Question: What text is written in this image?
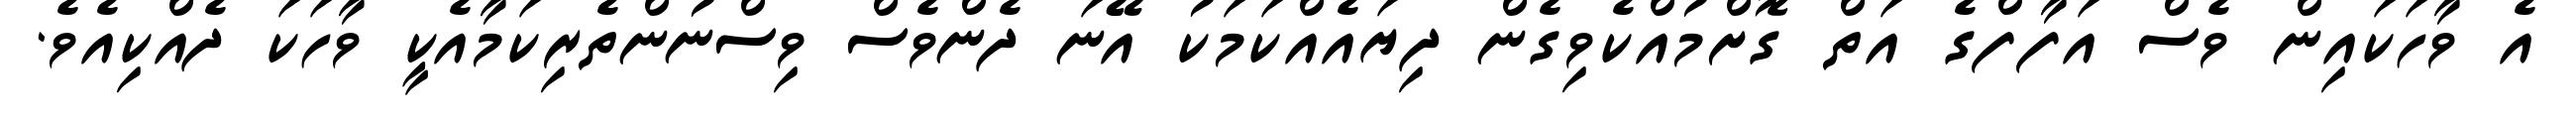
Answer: އެ ވާހަކައިން ވެސް އަފާފްގެ އަތް ގޮށްމުއްކެވިގެން ދިޔައެއްކަމަކު އޭނަ ދެންވެސް ވިސްނުންތެރިކަމާއެކީ ވާހަކަ ދެއްކިއެވެ.